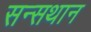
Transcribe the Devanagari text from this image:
सन्सथान